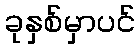
ခုနှစ်မှာပင်